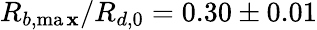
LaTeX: R_{b,\operatorname*{ma\mathbf{x}}}/R_{d,0}=0.30\pm0.01